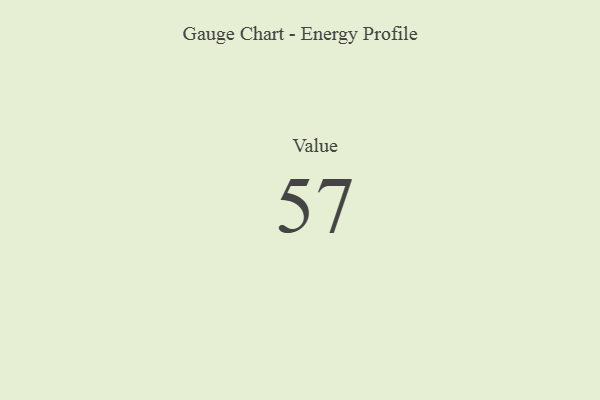
{"axis": {"x": "Metric", "y": "Value"}, "legend": [""], "data": [{"x": "Value", "y": 57, "type": ""}]}